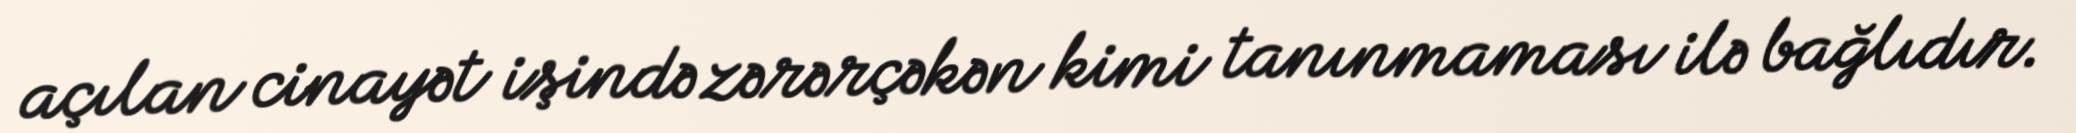
açılan cinayət işində zərərçəkən kimi tanınmaması ilə bağlıdır.